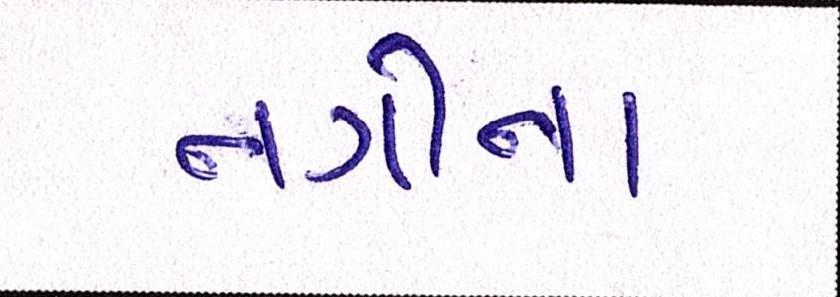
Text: નગીના